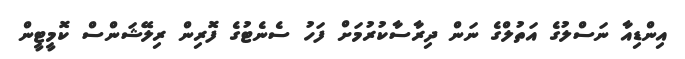
އިންޑިއާ ނަސްލުގެ އަތުލްގެ ނަން ދިރާސާކުރުމަށް ފަހު ސެނެޓުގެ ފޮރިން ރިލޭޝަންސް ކޮމީޓީން